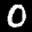
Label: 0